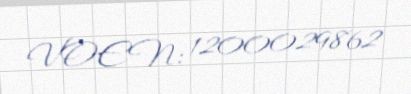
VOEN: 1200029862